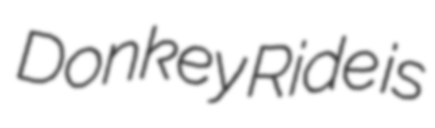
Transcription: Donkey Ride is